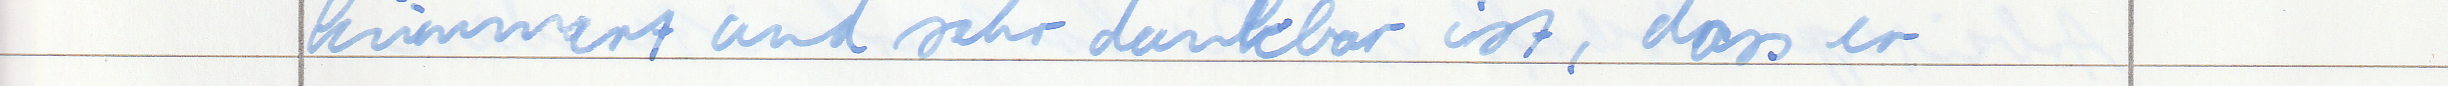
kümmert und sehr dankbar ist, dass er